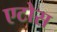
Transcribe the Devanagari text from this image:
एटोस